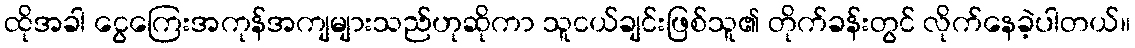
ထိုအခါ ငွေကြေးအကုန်အကျများသည်ဟုဆိုကာ သူငယ်ချင်းဖြစ်သူ၏ တိုက်ခန်းတွင် လိုက်နေခဲ့ပါတယ်။